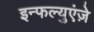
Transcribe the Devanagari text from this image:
इन्फल्युएंज़े